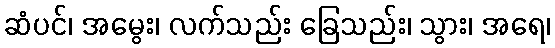
ဆံပင်၊ အမွေး၊ လက်သည်း ခြေသည်း၊ သွား၊ အရေ၊